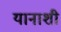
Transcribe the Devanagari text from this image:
यानाशी